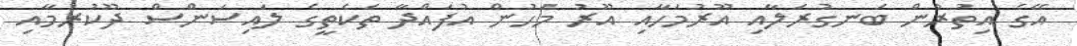
އޭގެ އިތުރުން ބަނގުރަލާއި އޫރުމަހާއި އޫރު މަހުން އުފައްދާ ތަކެތީގެ ލައިސަންސް ދޫކުރުމާއި